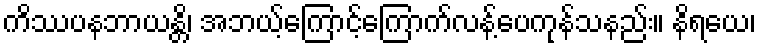
ကိဿပနဘာယန္တိ၊ အဘယ့်ကြောင့်ကြောက်လန့်ပေကုန်သနည်း။ နိရယေ၊